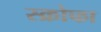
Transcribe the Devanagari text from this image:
स्क्रोफा